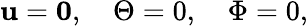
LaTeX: \textbf{u}=\mathbf{0},\quad\Theta=0,\quad\Phi=0,